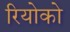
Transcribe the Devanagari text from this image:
रियोको